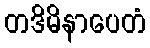
တဒိမိနာပေတံ